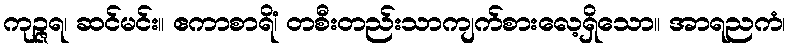
ကုဉ္ဇရ၊ ဆင်မင်း။ ဧကာစာရိံ၊ တစီးတည်းသာကျက်စားလေ့ရှိသော။ အာရညကံ၊